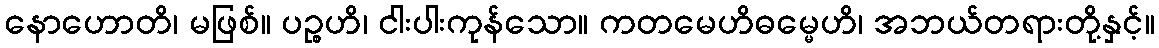
နောဟောတိ၊ မဖြစ်။ ပဉ္စဟိ၊ ငါးပါးကုန်သော။ ကတမေဟိဓမ္မေဟိ၊ အဘယ်တရားတို့နှင့်။